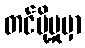
တင်ပို့မှုမှာ